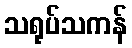
သရုပ်သကန်